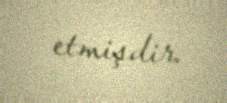
etmişdir.